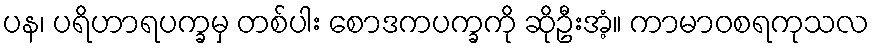
ပန၊ ပရိဟာရပက္ခမှ တစ်ပါး စောဒကပက္ခကို ဆိုဦးအံ့။ ကာမာဝစရကုသလ